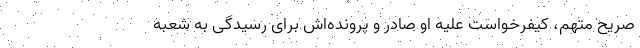
صریح متهم، کیفرخواست علیه او صادر و پرونده‌اش برای رسیدگی به شعبه